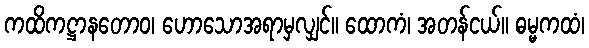
ကထိကဋ္ဌာနတောဝ၊ ဟောသောအရာမှလျှင်။ ထောကံ၊ အတန်ငယ်။ ဓမ္မကထံ၊